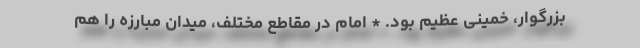
بزرگوار، خمینی عظیم بود. * امام در مقاطع مختلف، میدان مبارزه را هم